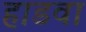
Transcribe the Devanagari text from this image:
हाडवा